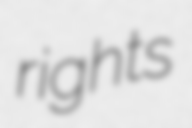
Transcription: rights